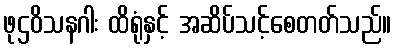
ဖုဌဝိသနဂါး ထိရုံနှင့် အဆိပ်သင့်စေတတ်သည်။